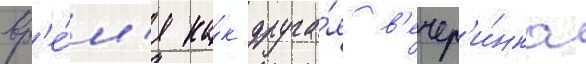
вр'е́м'я ка́к друга́я в'ечер'и́нка